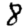
Digit: 8